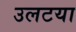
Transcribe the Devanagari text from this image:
उलटया